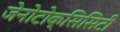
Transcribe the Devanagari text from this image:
जेनोटोक्सिसिटी